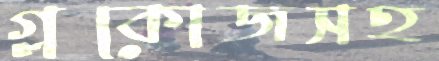
গ্লুকোজসহ